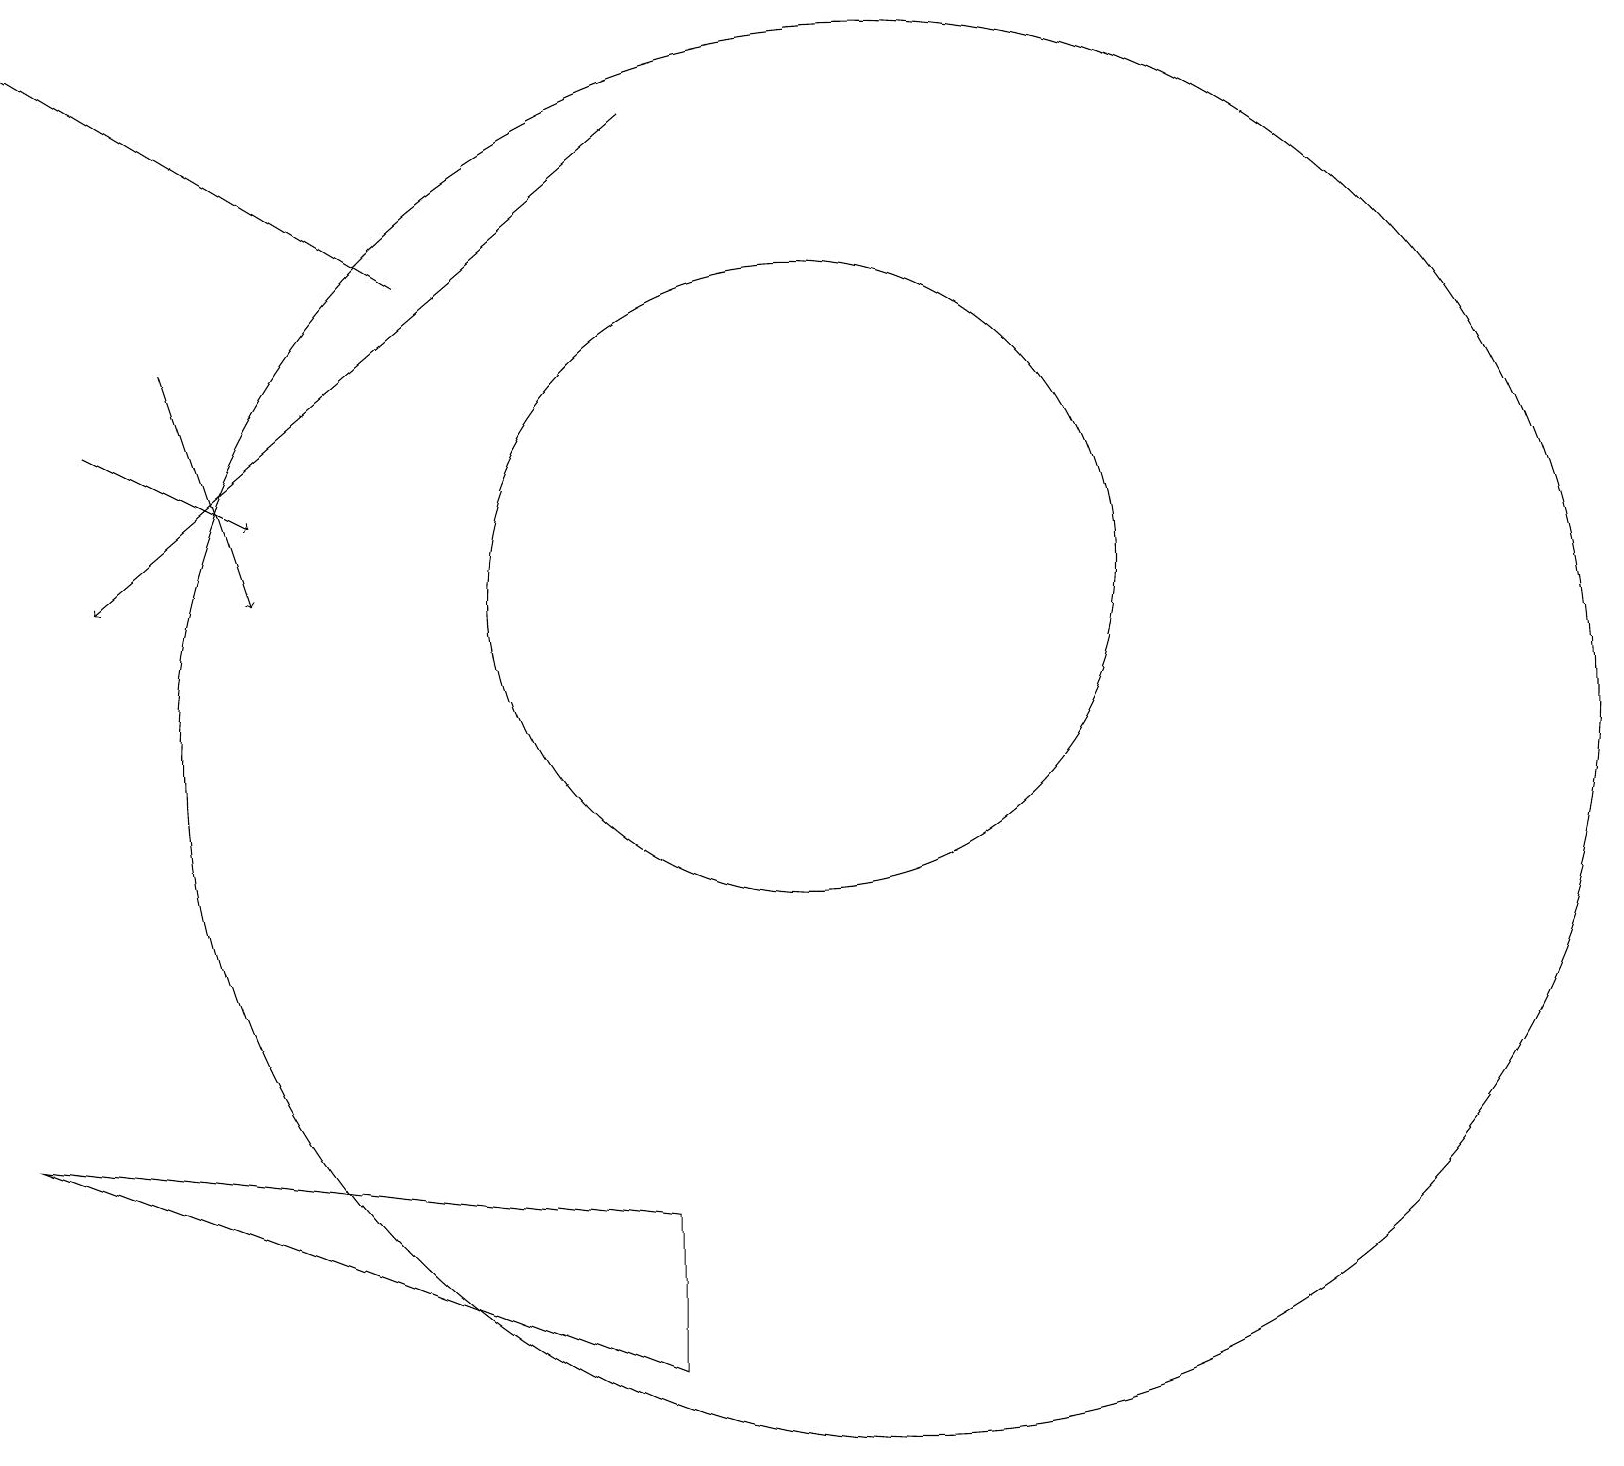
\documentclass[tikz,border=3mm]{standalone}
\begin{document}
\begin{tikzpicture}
\draw[->] (5,16) -- (0,19);
\draw (10,12) circle (4);
\draw[->] (8,18) -- (1,12);
\draw (11,10) circle (9);
\draw[->] (2,15) -- (3,12);
\draw[->] (1,14) -- (3,13);
\draw (8,2) -- (0,5) -- (8,4) -- cycle;
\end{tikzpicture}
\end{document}